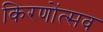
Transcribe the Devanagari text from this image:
किरणोंत्सव